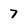
Character: 7